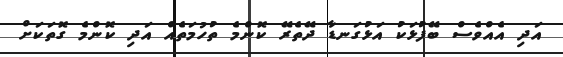
އަދި އެއްވެސް ބޭފުޅަކު އަޅުގަނޑާ ދޭތެރޭ ކޮންމެ ތުހުމަތެއް އަދި ކޮންމެ ގޮތަކަށް